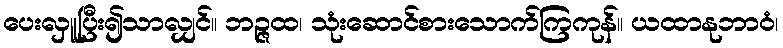
ပေးလှူပြီး၍သာလျှင်။ ဘဉ္ဇထ၊ သုံးဆောင်စားသောက်ကြကုန်။ ယထာနုဘာဝံ၊